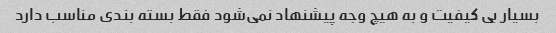
بسیار بی کیفیت و به هیچ وجه پیشنهاد نمی‌شود فقط بسته بندی مناسب دارد